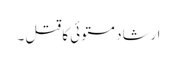
ارشاد مستوئی کا قتل ۔